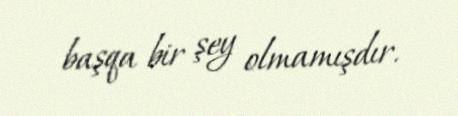
başqa bir şey olmamışdır.